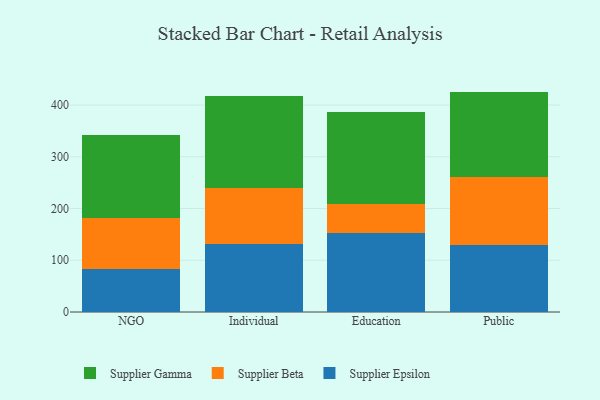
{"axis": {"x": "Segment", "y": "Shipments"}, "legend": ["Supplier Beta", "Supplier Epsilon", "Supplier Gamma"], "data": [{"x": "NGO", "y": 82.9, "type": "Supplier Epsilon"}, {"x": "NGO", "y": 98.9, "type": "Supplier Beta"}, {"x": "NGO", "y": 159.4, "type": "Supplier Gamma"}, {"x": "Individual", "y": 131.8, "type": "Supplier Epsilon"}, {"x": "Individual", "y": 108.0, "type": "Supplier Beta"}, {"x": "Individual", "y": 177.3, "type": "Supplier Gamma"}, {"x": "Education", "y": 153.2, "type": "Supplier Epsilon"}, {"x": "Education", "y": 55.8, "type": "Supplier Beta"}, {"x": "Education", "y": 178.0, "type": "Supplier Gamma"}, {"x": "Public", "y": 128.6, "type": "Supplier Epsilon"}, {"x": "Public", "y": 131.6, "type": "Supplier Beta"}, {"x": "Public", "y": 165.8, "type": "Supplier Gamma"}]}